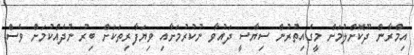
އިމްރާން ދޫކޮށްލުމަށް މީގެއިތުރުން ސިޔާސީ ދައުވާ ނުކުރުމަށާއި ވިޔަފާރިތަކަށް ބިރު ނުދެއްކުމަށް ވެސް